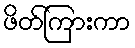
ဖိတ်ကြားကာ